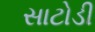
સાટોડી